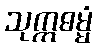
သုက္ကဓမ္မံ